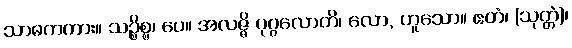
သာဓကကား။ သဉ္စိစ္စ၊ ပေ။ အလဇ္ဇိ ပုဂ္ဂလောတိ၊ လော, ဟူသော။ ဧတံ၊ (သုတ္တံ)၊